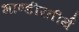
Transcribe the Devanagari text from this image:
भाण्डीरतीर्थ